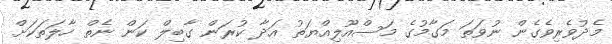
މެދުވެރިވެގެން ނުވަތަ މަގާމުގެ މަސްއޫލިއްޔަތު އަދާ ކުރަން ގާބިލް ކަން ނެތް ހާލަތަކަށް